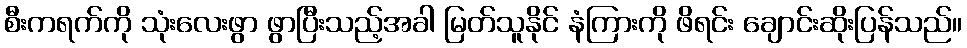
စီးကရက်ကို သုံးလေးဖွာ ဖွာပြီးသည့်အခါ မြတ်သူနိုင် နံကြားကို ဖိရင်း ချောင်းဆိုးပြန်သည်။